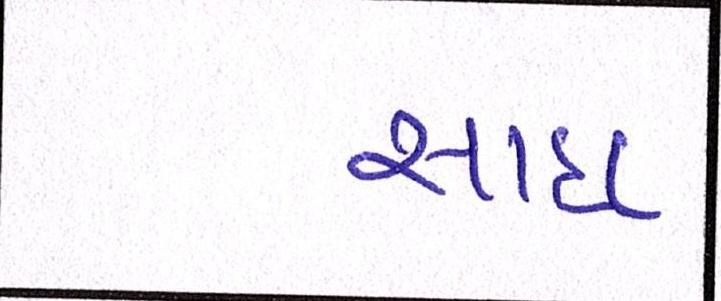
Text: સાદા